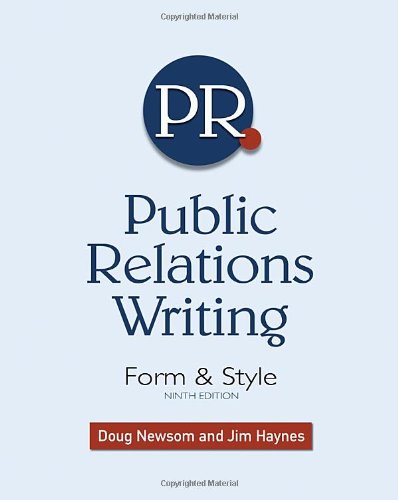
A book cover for Public Relations Writing: Form & Style; Doug Newsom; Business & Money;